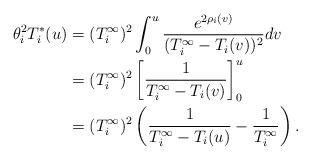
LaTeX: \begin{align*}\theta_i^2T_i^*(u)&=(T_i^{\infty})^2\int_0^u\frac{e^{2\rho_i(v)}}{(T_i^{\infty}-T_i(v))^2}dv\\&=(T_i^{\infty})^2\left[\frac{1}{T_i^{\infty}-T_i(v)} \right]_0^u\\&=(T_i^{\infty})^2\left(\frac{1}{T_i^{\infty}-T_i(u)} -\frac{1}{T_i^{\infty}}\right).\end{align*}